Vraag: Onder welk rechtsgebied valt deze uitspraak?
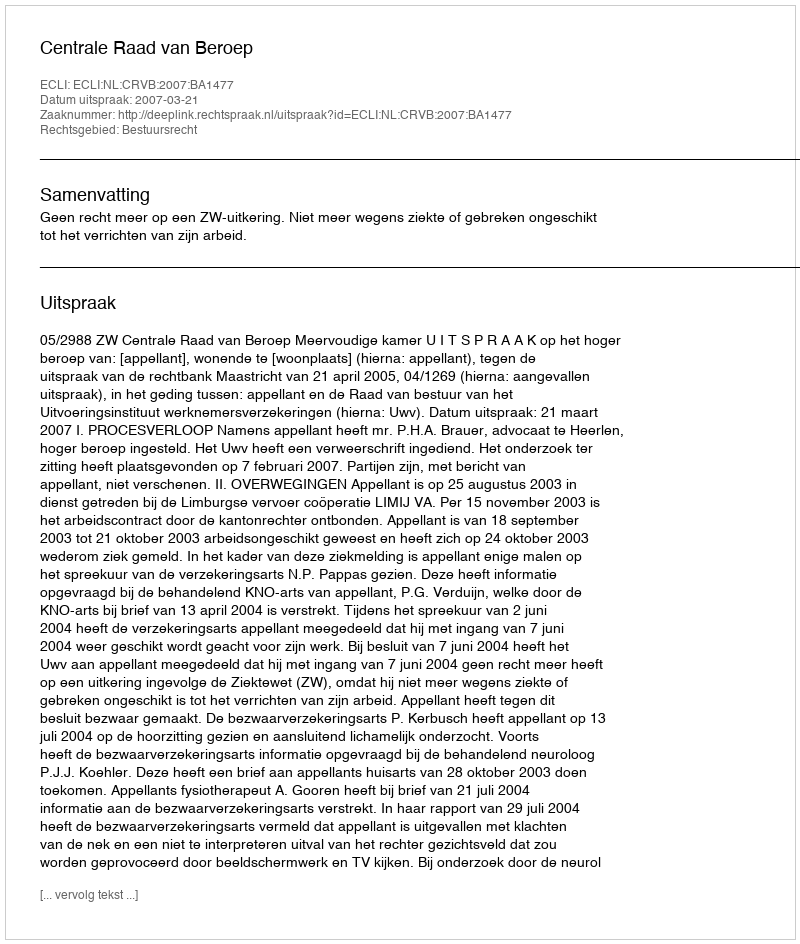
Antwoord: Bestuursrecht